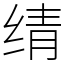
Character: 𬘬